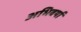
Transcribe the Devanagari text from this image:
अभिवर्या